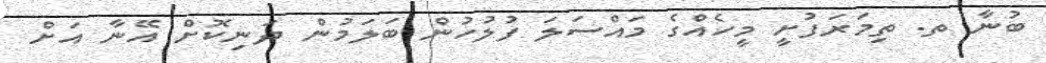
ބުނާ ތ. ތިމަރަފުށީ މީހެއްގެ މައްސަލަ ފުލުހުން ބަލަމުން ދަނިކޮށް އޭނާ އަށް